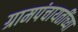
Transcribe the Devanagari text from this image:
ग्रामपंचायतींच्या